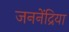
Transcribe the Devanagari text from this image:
जननेंद्रिया